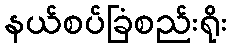
နယ်စပ်ခြံစည်းရိုး